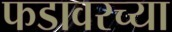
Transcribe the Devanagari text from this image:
फडावरच्या